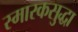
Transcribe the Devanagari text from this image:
स्मारकसुद्धा